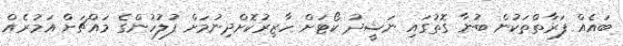
ބައެއް ފަރާތްތަކުން ބުނާ ގޮތުގައި ނަޝީދު ކޯޓަށް ހާޒިރުކޮށްދިނުމަށް ފުލުހުންގެ މައްޗަށް އަމުރެއް